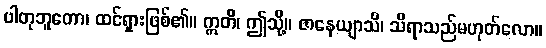
ပါတုဘူတော၊ ထင်ရှားဖြစ်၏။ ဣတိ၊ ဤသို့။ ဇာနေယျာသိ၊ သိရာသည်မဟုတ်လော။